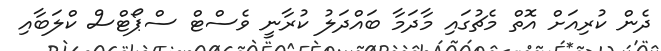
ދެން ކުރިއަށް އޮތް މެޗުގައި މާދަމާ ބައްދަލު ކުރާނީ ވެސްޓް ސްޕޯޓްސް ކްލަބާއި